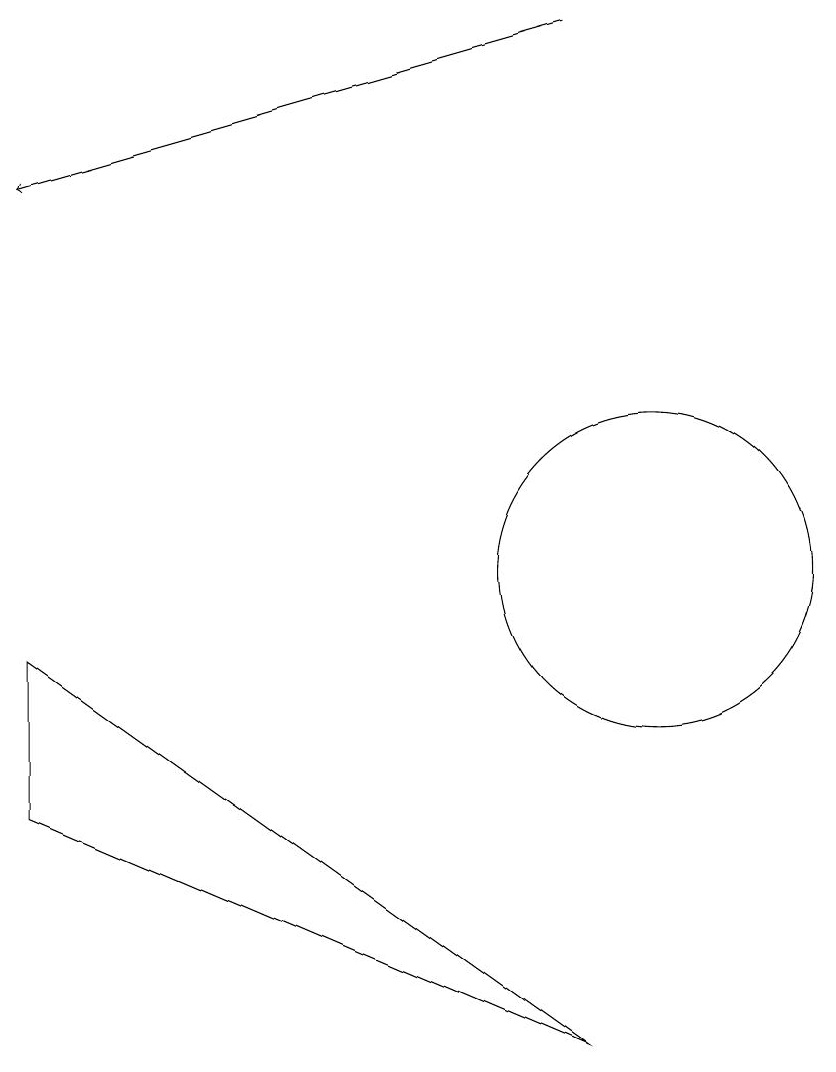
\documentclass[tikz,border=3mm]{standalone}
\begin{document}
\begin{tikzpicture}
\draw[->] (9,17) -- (2,15);
\draw (2,7) -- (9,4) -- (2,9) -- cycle;
\draw (10,10) circle (2);
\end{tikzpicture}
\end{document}